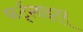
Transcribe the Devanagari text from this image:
फर्ट्लाइर्‍र्